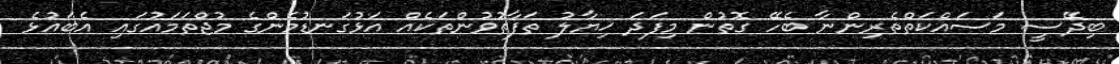
ބިދޭސީ މަސައްކަތްތެރިންނާ ބެހޭ ގޮތުން މިފަދަ ޚިޔާލު ތަފާތުވުންތަކެއް އަޅުގަނޑުމެންގެ މުޖްތަމައުގައި އެބައުޅެ